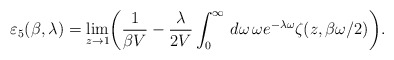
\begin{align*}\varepsilon_{5}(\beta,\lambda)=\lim_{z\rightarrow 1}\biggl(\frac{1}{\beta V}-\frac{\lambda}{2 V}\int_{0}^{\infty}\,d\omega\,\omega e^{-\lambda\omega}\zeta(z,\beta\omega/2)\biggr).\end{align*}